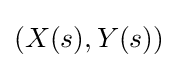
(X(s),Y(s))